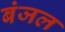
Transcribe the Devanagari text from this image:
बंजल